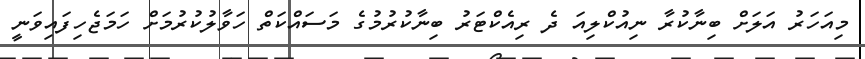
މިއަހަރު އަލަށް ބިނާކުރާ ނިއުކްލިއަ ދެ ރިއެކްޓަރު ބިނާކުރުމުގެ މަސައްކަތް ހަވާލުކުރުމަށް ހަމަޖެހިފައިވަނީ